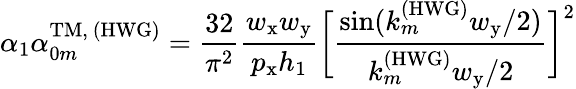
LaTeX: \alpha_{1}\alpha_{0m}^{\mathrm{TM,~(HWG)}}=\frac{32}{\pi^{2}}\frac{w_{\mathrm{x}}w_{\mathrm{y}}}{p_{\mathrm{x}}h_{1}}\bigg[\frac{\sin(k_{m}^{\mathrm{(HWG)}}w_{\mathrm{y}}/2)}{k_{m}^{\mathrm{(HWG)}}w_{\mathrm{y}}/2}\bigg]^{2}